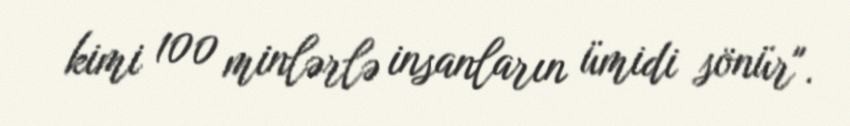
kimi 100 minlərlə insanların ümidi sönür".